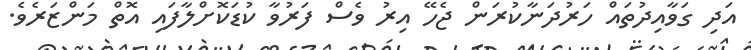
އަދި ގަވާއިދުތައް ހަރުދަނާކުރަން ޖެހޭ އިރު ވެސް ފަރުވާ ކުޑަކޮށްލާފައި އޮތް މަންޒަރެވެ.